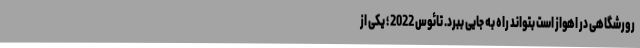
رورشگاهی در اهواز است بتواند راه به جایی ببرد. تائوس 2022 ؛ یکی از